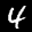
Label: 4